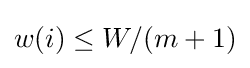
w(i)\leq W/(m+1)